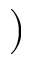
)